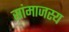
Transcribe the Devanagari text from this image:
सांमाजस्य